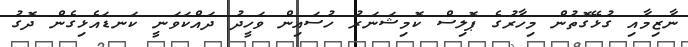
ނާޒިމާއި ގުޅޭގޮތުން މިހާރުގެ ޕޮލިސް ކޮމިޝަނަރު ހުސައިން ވަހީދު ދައްކަވަނީ ކަނޑައެޅިގެން ދޮގު